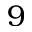
9